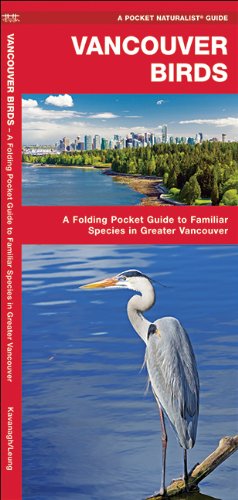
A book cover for Vancouver Birds: A Folding Pocket Guide to Familiar Species in Greater Vancouver (Pocket Naturalist Guide Series); James Kavanagh; Travel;